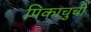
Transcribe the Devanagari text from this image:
पिकाचुची